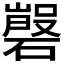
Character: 𱴲